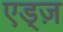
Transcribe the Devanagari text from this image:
एड्ज़